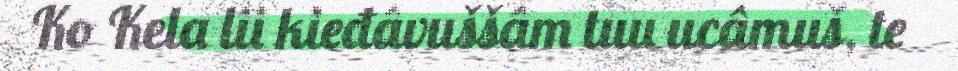
Ko Kela lii kieđâvuššâm tuu ucâmuš, te